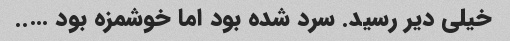
خیلی دیر رسید. سرد شده بود اما خوشمزه بود …..